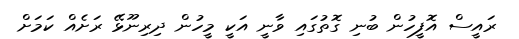
ރައީސް އޮފީހުން ބުނި ގޮތުގައި ވާނީ އަކީ މީހުން ދިރިނޫޅޭ ރަށެއް ކަމަށް